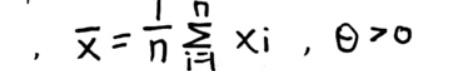
\[
, \quad \bar{x}=\frac{1}{n} \sum_{i = 1}^{n} x_i, \quad \theta>0
\]